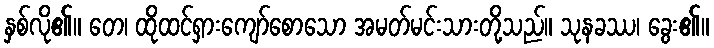
နှစ်လို၏။ တေ၊ ထိုထင်ရှားကျော်စောသော အမတ်မင်းသားတို့သည်။ သုနခဿ၊ ခွေး၏။